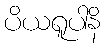
ပိယရူပါနိ